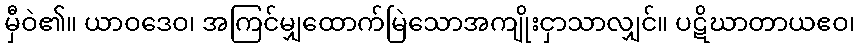
မှီဝဲ၏။ ယာဝဒေဝ၊ အကြင်မျှထောက်မြဲသောအကျိုးငှာသာလျှင်။ ပဋိဃာတာယဧဝ၊